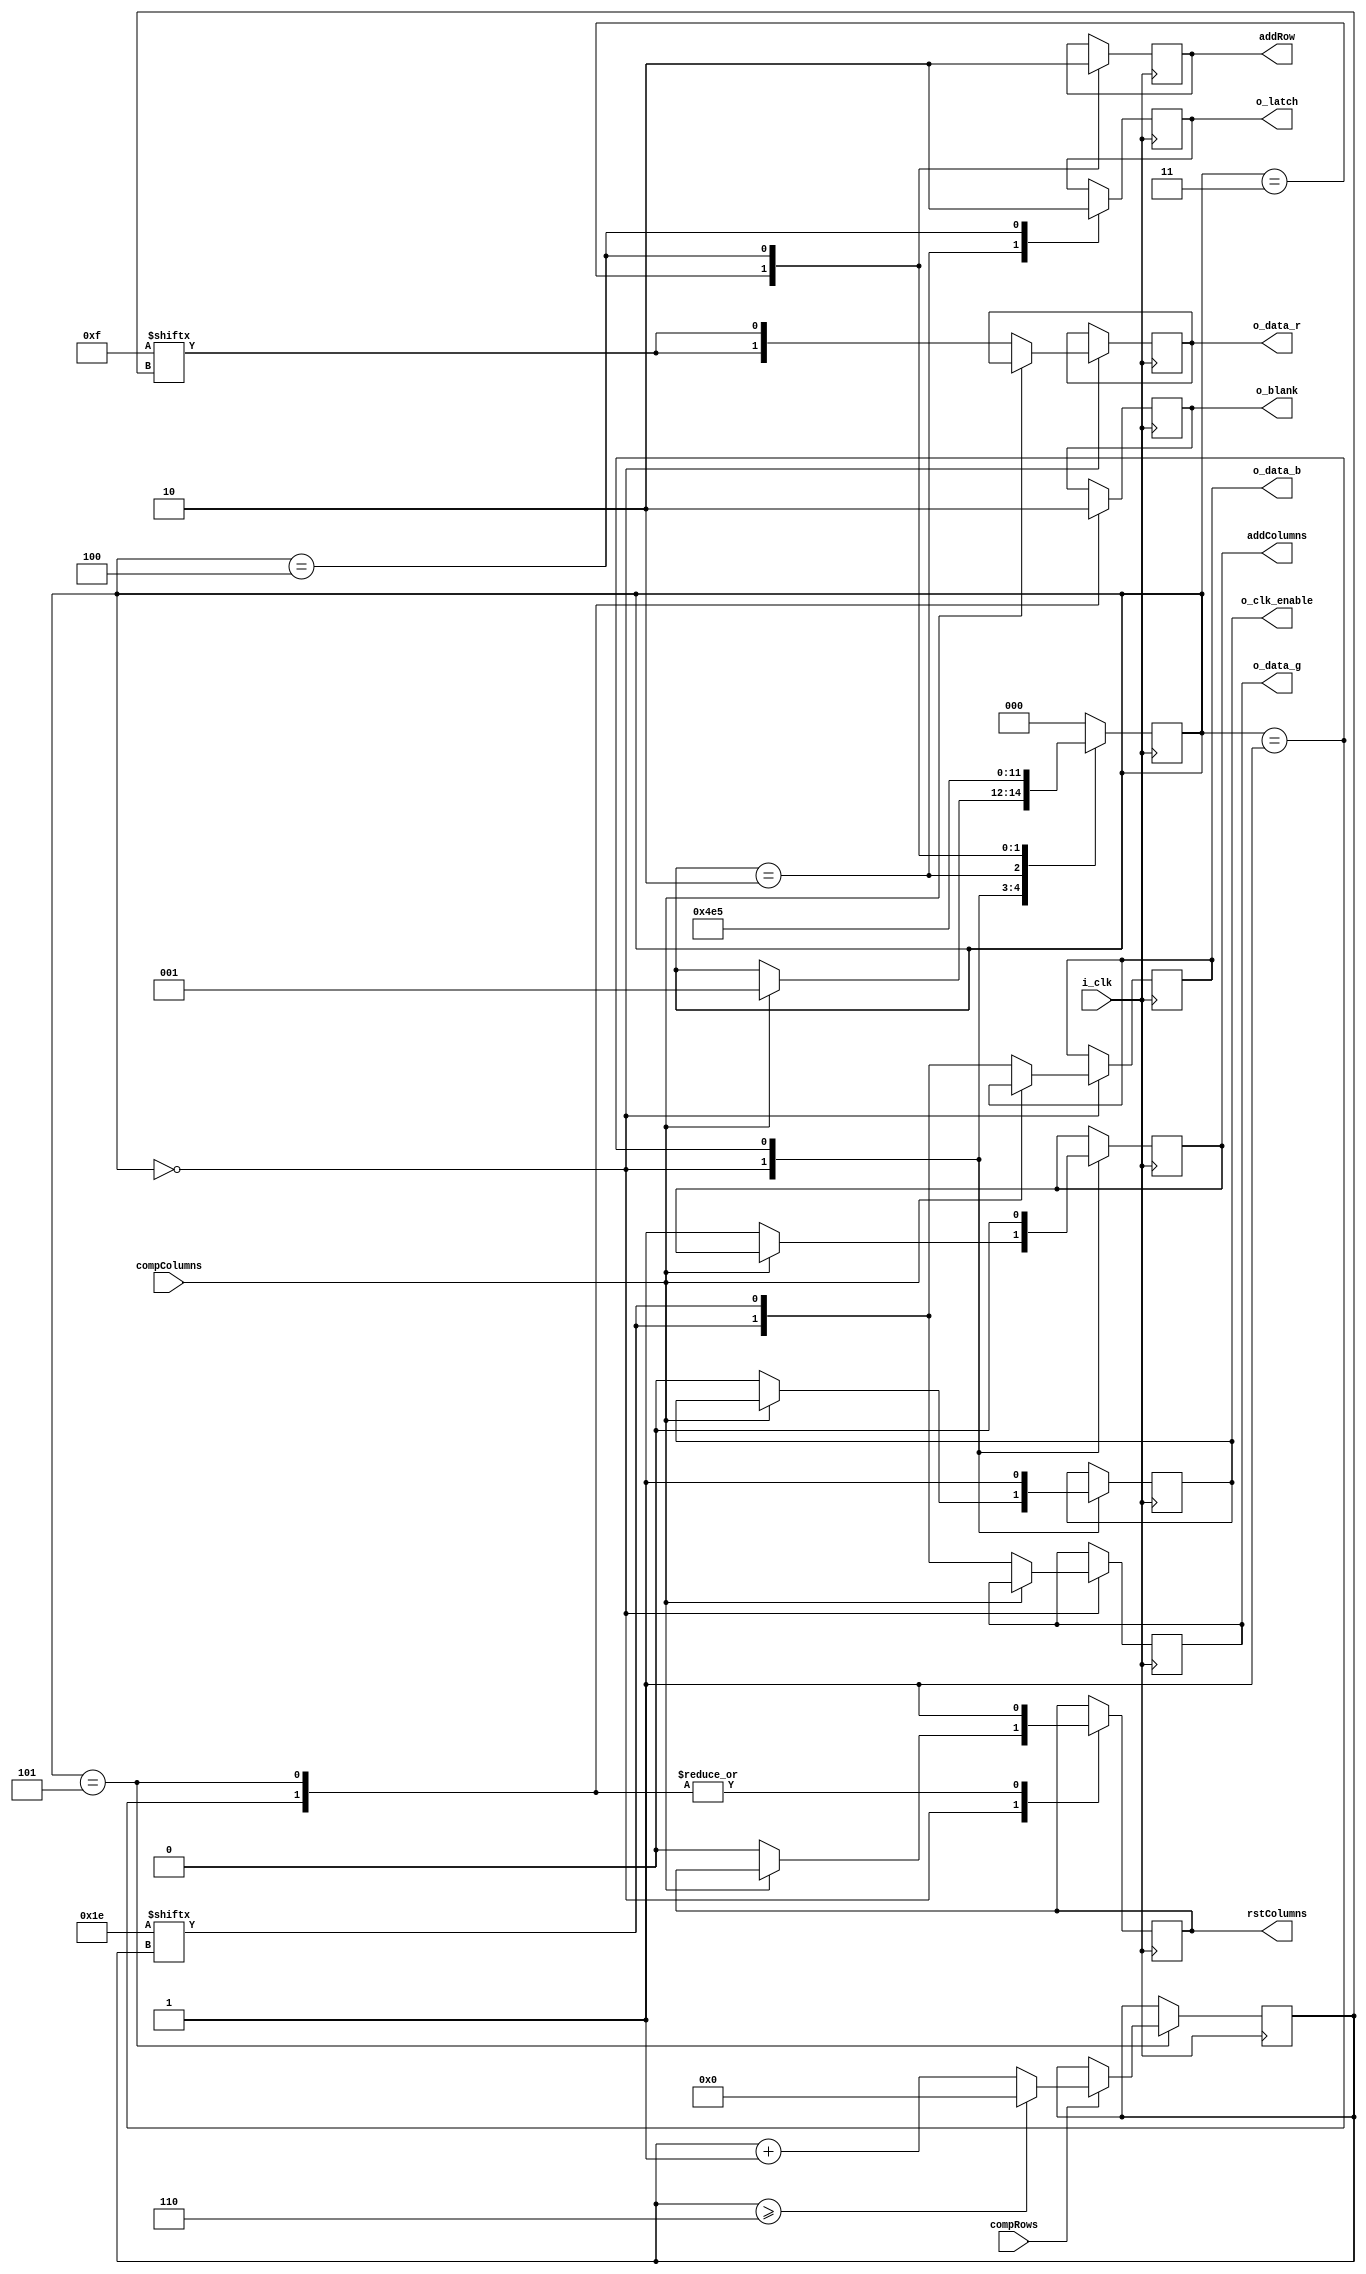
module Control(
    input wire i_clk,

    //signal de control y banderas
    input wire compColumns,
    input wire compRows,
    output reg addColumns,
    output reg addRow,
    output reg rstColumns,


    output reg o_clk_enable,
    output reg o_latch,
    output reg o_blank,
 
    output reg [1:0] o_data_r,
    output reg [1:0] o_data_g,
    output reg [1:0] o_data_b,

    
);

initial begin
  addColumns = 0;
  rstColumns = 0;
  addRow = 0;
end
 

localparam
        s_DataUpdate = 0,
        s_BlanckSet = 1,
        s_LatchSet = 2,
        s_IncrementRow= 3,
        s_LatchClear = 4,
        s_BlankClear = 5;

reg [2:0] state=s_DataUpdate;

/*assign  o_data_r = {1'b1, 1'b0};
assign  o_data_g = {1'b0, 1'b1};
assign  o_data_b = {1'b1, 1'b1}; */
reg [4:0] red_register   = {1'b0, 1'b0, 1'b0, 1'b1, 1'b1, 1'b1, 1'b1};
reg [4:0] green_register = {1'b1, 1'b1, 1'b1, 1'b1, 1'b1, 1'b1, 1'b0};
reg [4:0] blue_register  = {1'b1, 1'b1, 1'b1, 1'b1, 1'b1, 1'b1, 1'b0}; 


reg [4:0] red_register2   = {1'b0, 1'b0, 1'b0, 1'b1, 1'b1, 1'b1, 1'b1};
reg [4:0] green_register2 = {1'b1, 1'b1, 1'b1, 1'b1, 1'b1, 1'b1, 1'b0};
reg [4:0] blue_register2  = {1'b1, 1'b1, 1'b1, 1'b1, 1'b1, 1'b1, 1'b0}; 

reg [7:0] pixels_to_shift=0;
reg [3:0] counter = 0;
always @(posedge i_clk) begin
    case (state)
        s_DataUpdate: begin 
            if (compColumns) 
                state <= s_BlanckSet;
            else begin
                o_data_r <= {red_register2[counter], red_register[counter]};
                o_data_g <= {green_register2[counter], green_register[counter]};
                o_data_b <= {blue_register2[counter], blue_register[counter]};
                rstColumns <=0;
                addColumns <=1;
                o_clk_enable <=0;
            end 
        end
        s_BlanckSet: begin
            o_blank <= 1; 
            rstColumns <= 1; 
            addColumns <=0;
            o_clk_enable <=1;
            state <= s_LatchSet;
        end
            
        s_LatchSet: begin
            o_latch  <= 1; 
            state <= s_IncrementRow;
        end  

        s_IncrementRow: begin
            addRow <=1;
            state <= s_LatchClear;
        end
 
        s_LatchClear: begin
            addRow <=0;
            o_latch  <= 0; 
            state <= s_BlankClear;
        end
        s_BlankClear:begin 
            o_blank <= 0; 
            rstColumns <= 1; 
            state <= s_DataUpdate;
            if (compRows == 1) begin
                if (counter >=6)
                    counter <= 0;
                else
                    counter <= counter + 1;
            end
            
        end
        default:
            state <= s_DataUpdate;
        
    endcase

end

endmodule